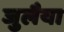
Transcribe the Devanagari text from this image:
जुलैया